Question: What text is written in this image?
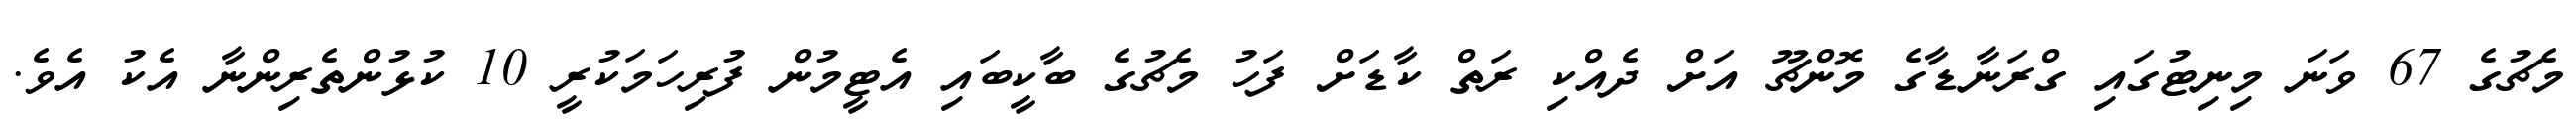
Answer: މެޗުގެ 67 ވަނަ މިނިޓުގައި ގްރަނާޑާގެ މޮންޗޫ އަށް ދެއްކި ރަތް ކާޑަށް ފަހު މެޗުގެ ބާކީބައި އެޓީމުން ފުރިހަމަކުރީ 10 ކުޅުންތެރިންނާ އެކު އެވެ.